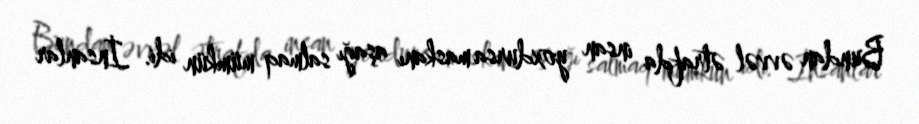
Bundan əvvəl ətrafda insan yoxdursa maskanı aşağı salmaq mümkün idi. İnsanlar